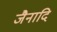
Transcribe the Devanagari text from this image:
जैनादि